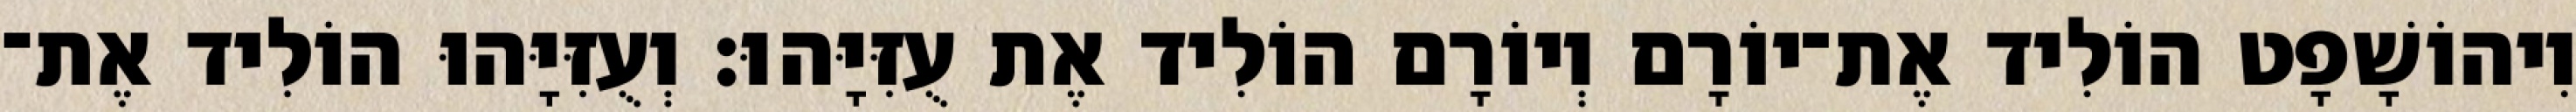
וִיהוֹשָׁפָט הוֹלִיד אֶת־יוֹרָם וְיוֹרָם הוֹלִיד אֶת עֻזִּיָּהוּ׃ וְעֻזִּיָּהוּ הוֹלִיד אֶת־